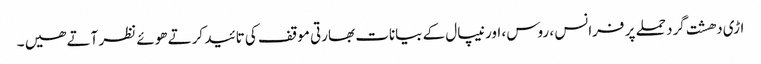
اڑی دھشت گرد حملے پر فرانس ، روس ، اور نیپال کے بیانات بھارتی موقف کی تائید کرتے ھوئے نظر آتے ھیں ۔